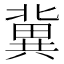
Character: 冀